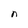
Character: n